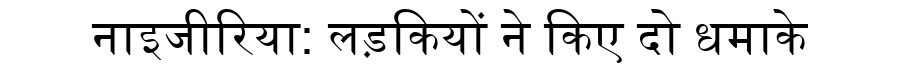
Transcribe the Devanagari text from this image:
नाइजीरिया: लड़कियों ने किए दो धमाके